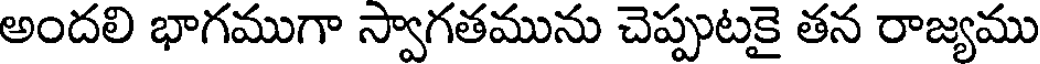
అందలి భాగముగా స్వాగతమును చెప్పుటకై తన రాజ్యము